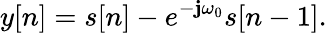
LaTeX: y[n]=s[n]-e^{-\mathbf{j}\omega_{0}}s[n-1].